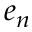
e _ { n }